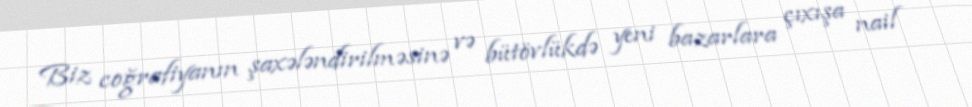
Biz coğrafiyanın şaxələndirilməsinə və bütövlükdə yeni bazarlara çıxışa nail